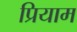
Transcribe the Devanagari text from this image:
प्रियाम